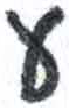
אות: ע